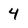
Character: 4